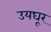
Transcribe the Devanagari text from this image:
उयघूर